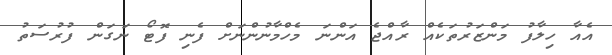
އެއާ ހިލާފު މަންޒަރުތަކެއް ރާއްޖެ އަންނަ މެހްމާނުންނަށް ފެނި ފޮޓޯ ނަގަން ފުރުސަތު